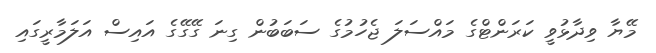
މޭޔާ ވިދާޅުވީ ކަރަންޓްގެ މައްސަލަ ޖެހުމުގެ ސަބަބުން ގިނަ ގޭގޭގެ އައިސް އަލަމާރީގައި